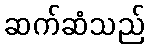
ဆက်ဆံသည်